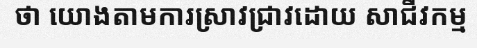
ថា យោងតាមការស្រាវជ្រាវដោយ សាជីវកម្ម